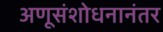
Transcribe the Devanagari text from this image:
अणूसंशोधनानंतर